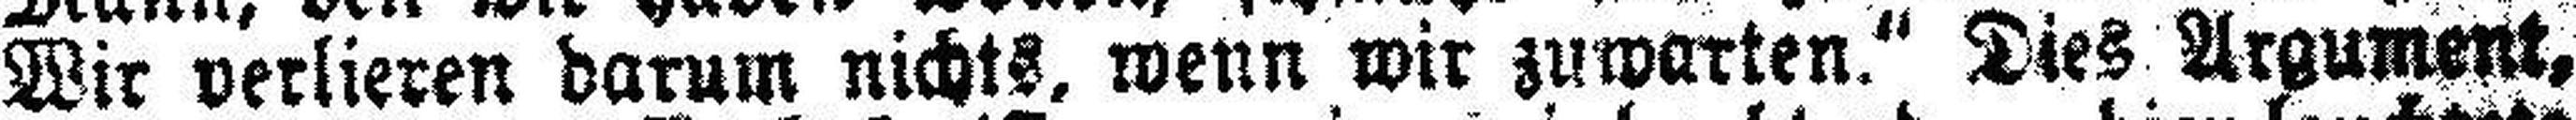
Wir verlieren darum nichts, wenn wir zuwarten.“ Dies Argument,